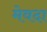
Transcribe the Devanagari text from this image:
मेवदा